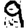
Digit: 9